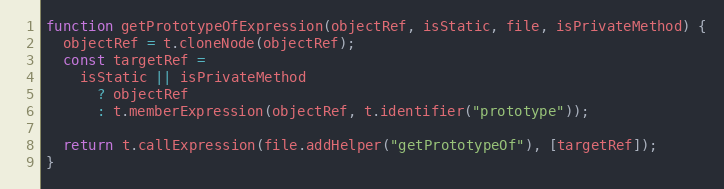
Language: JavaScript
function getPrototypeOfExpression(objectRef, isStatic, file, isPrivateMethod) {
  objectRef = t.cloneNode(objectRef);
  const targetRef =
    isStatic || isPrivateMethod
      ? objectRef
      : t.memberExpression(objectRef, t.identifier("prototype"));

  return t.callExpression(file.addHelper("getPrototypeOf"), [targetRef]);
}